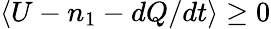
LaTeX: \langle U-n_{1}-dQ/dt\rangle\geq 0